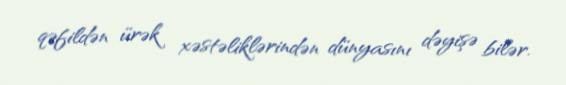
qəfildən ürək xəstəliklərindən dünyasını dəyişə bilər.